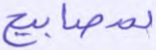
بمصابيح